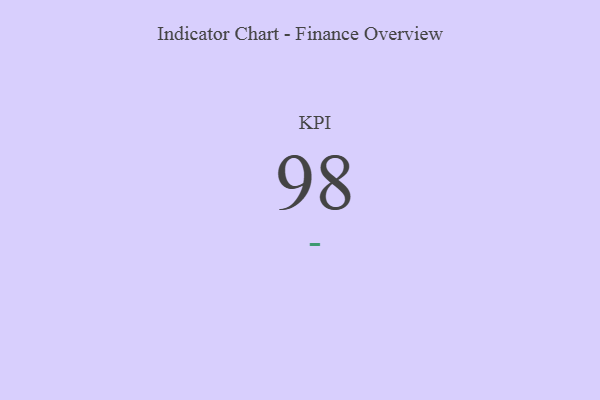
{"axis": {"x": "KPI", "y": "Value"}, "legend": [""], "data": [{"x": "KPI", "y": 98, "type": ""}]}